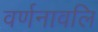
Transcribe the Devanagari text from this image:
वर्णनावलि